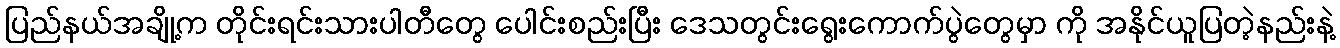
ပြည်နယ်အချို့က တိုင်းရင်းသားပါတီတွေ ပေါင်းစည်းပြီး ဒေသတွင်းရွေးကောက်ပွဲတွေမှာ ကို အနိုင်ယူပြတဲ့နည်းနဲ့